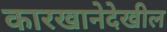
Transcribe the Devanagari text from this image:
कारखानेदेखील